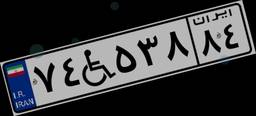
۷۴W۵۳۸۸۴